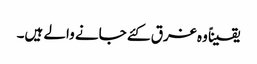
یقیناً وہ غرق کئے جانے والے ہیں۔